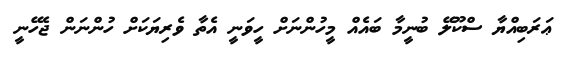
ޢަރަބިއްޔާ ސްކޫލޭ ބުނީމާ ބައެއް މީހުންނަށް ހީވަނީ އެތާ ވެރިޔަކަށް ހުންނަން ޖެހޭނީ